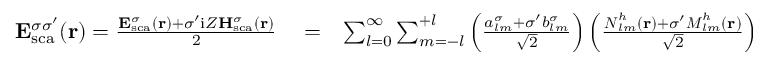
\begin{array} { r l r } { { \bf E } _ { \mathrm { { s c a } } } ^ { \sigma \sigma ^ { \prime } } ( { \bf r } ) = \frac { { \bf E } _ { \mathrm { { s c a } } } ^ { \sigma } ( { \bf r } ) + \sigma ^ { \prime } \mathrm { i } Z { \bf H } _ { \mathrm { { s c a } } } ^ { \sigma } ( { \bf r } ) } { 2 } } & { { } = } & { \sum _ { l = 0 } ^ { \infty } \sum _ { m = - l } ^ { + l } \left( \frac { { a _ { l m } ^ { \sigma } + \sigma ^ { \prime } b _ { l m } ^ { \sigma } } } { \sqrt { 2 } } \right) \left( \frac { { \boldsymbol { N } } _ { l m } ^ { h } ( { \bf r } ) + \sigma ^ { \prime } { \boldsymbol { M } } _ { l m } ^ { h } ( { \bf r } ) } { \sqrt { 2 } } \right) = \sum _ { l = 0 } ^ { \infty } \sum _ { m = - l } ^ { + l } D _ { l m } ^ { \sigma \sigma ^ { \prime } } \boldsymbol { \Phi } _ { l m } ^ { \sigma ^ { \prime } } ( { \bf r } ) , } \end{array}